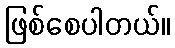
ဖြစ်စေပါတယ်။